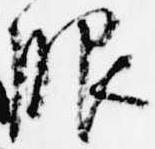
服